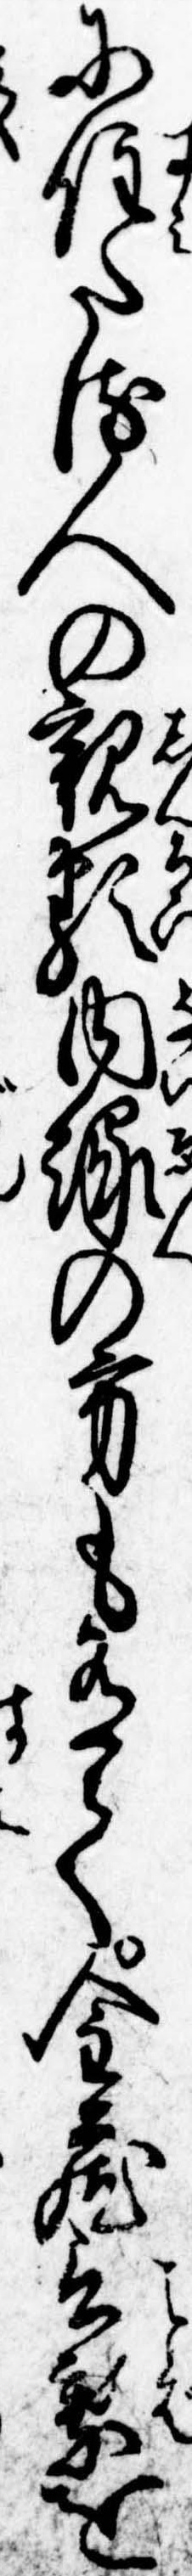
に住たる人の親類内縁の方も有て金蔵言葉を